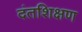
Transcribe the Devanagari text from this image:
दंतशिक्षण